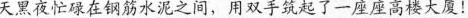
天黑夜忙碌在钢筋水泥之间，用双手筑起了一座座高楼大厦！